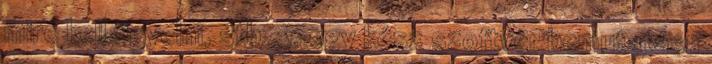
mire kell figyelni, stb. 2. egy kész szoftver bemutatása